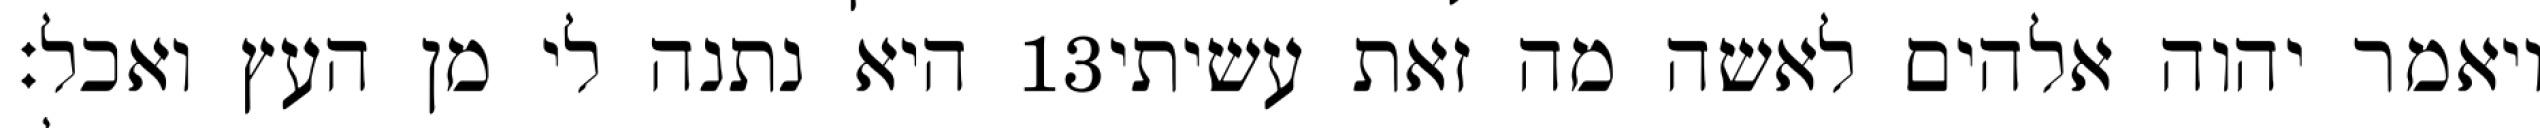
היא נתנה לי מן העץ ואכל׃ ‎13‏ ויאמר יהוה אלהים לאשה מה זאת עשיתי